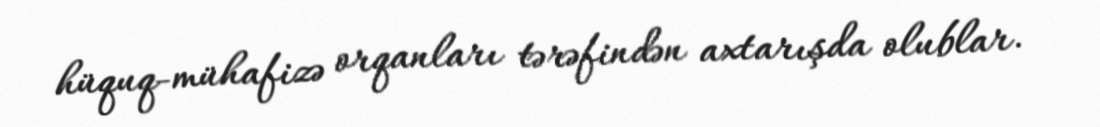
hüquq-mühafizə orqanları tərəfindən axtarışda olublar.